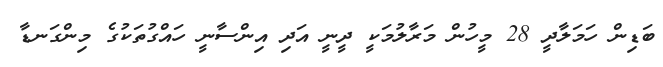
ބަޑިން ހަަމަލާދީ 28 މީހުން މަރާލުމަކީ ދީނީ އަދި އިންސާނީ ހައްގުތަކުގެ މިންގަނޑާ